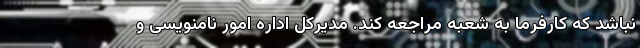
نباشد که کارفرما به شعبه مراجعه کند. مدیرکل اداره امور نامنویسی و